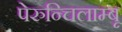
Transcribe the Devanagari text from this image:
पेरुन्चिलाम्बू